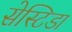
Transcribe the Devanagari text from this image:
सेस्टिडा